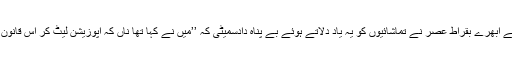
وہاں راولپنڈی کی لال حویلی سے ابھرے بقراط عصر نے تماشائیوں کو یہ یاد دلاتے ہوئے بے پناہ دادسمیٹی کہ ’’میں نے کہا تھا ناں کہ اپوزیشن لیٹ کر اس قانون‘‘ کی حمایت میں ووٹ دے گی۔